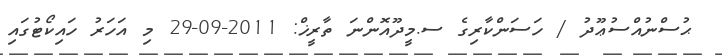
ޙުސްނުއްސުޢޫދު / ހަސަންކާރިގެ ސ.މީދޫއޮންނަ ތާރީޚް: 2011-09-29 މި އަހަރު ހައިކޯޓުގައި